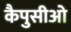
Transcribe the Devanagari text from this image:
कैपुसीओ